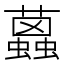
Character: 𧔐